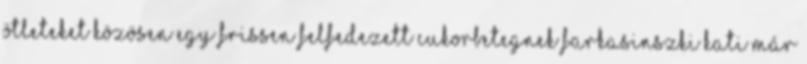
ötleteket közösen egy frissen felfedezett cukorbetegnek Farkasinszki Kati már